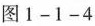
图1-1-4